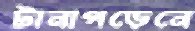
টানাপড়েনে